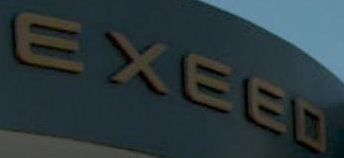
EXEED